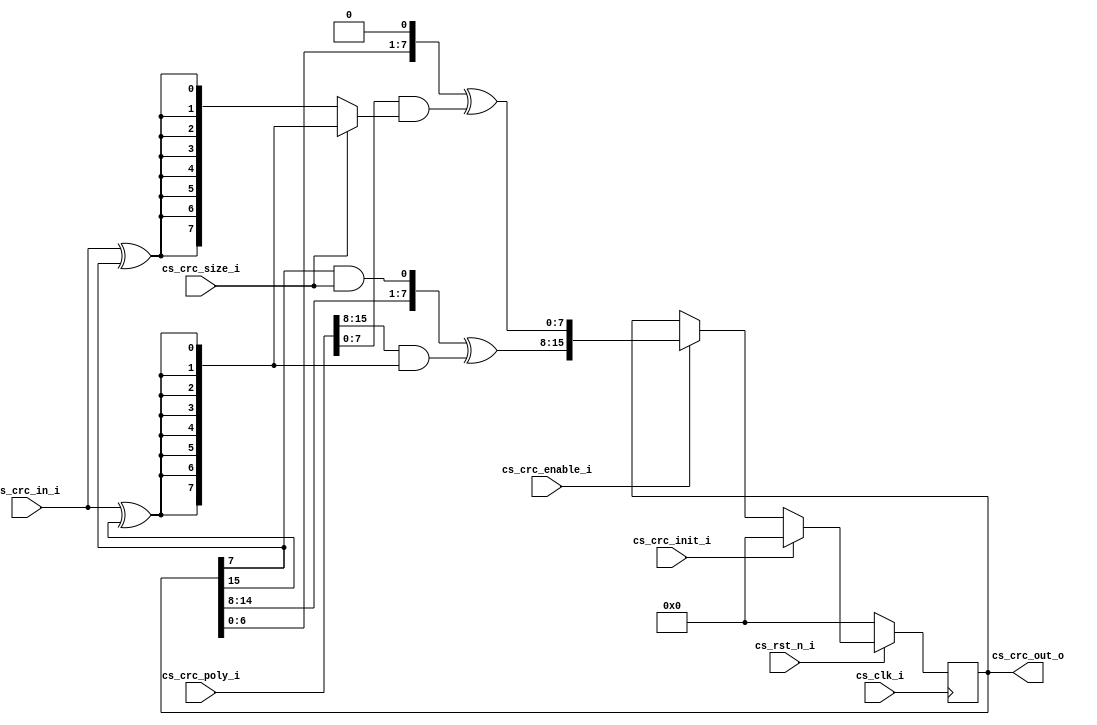
module spi_ip_crc_serial
#(
	parameter PARAM_CRC_INIT = 16'h0000   
)(
	//OUTPUTS
	output [15:0] cs_crc_out_o,   
	//INPUTS
	input cs_crc_in_i,
	input cs_crc_enable_i,
	input cs_crc_init_i,  
	input cs_crc_size_i,
	input [15:0] cs_crc_poly_i,    
	input cs_rst_n_i,                         
	input cs_clk_i                            
);

localparam CRC_8  = 1'b0;
localparam CRC_16 = 1'b1;

reg [15:0] crc_ff;

wire [15:0] crc_ff_in;
wire [7:0] feedback_crc16;
wire [7:0] feedback_crc8;
wire [7:0] feedback_high;
wire [7:0] feedback_low;

assign feedback_crc16 = {8{cs_crc_in_i ^ crc_ff[15]}};
assign feedback_crc8  = (cs_crc_size_i == CRC_8) ? {8{cs_crc_in_i ^ crc_ff[7]}} : feedback_crc16;

assign feedback_high = {crc_ff[14:8], crc_ff[7] & cs_crc_size_i} ^ (cs_crc_poly_i[15:8] & feedback_crc16);
assign feedback_low  = {crc_ff[6:0], 1'b0} ^ (cs_crc_poly_i[7:0] & feedback_crc8);
assign crc_ff_in = {feedback_high, feedback_low}; 

always @(posedge cs_clk_i)
  begin
    if(!cs_rst_n_i)
      crc_ff <= PARAM_CRC_INIT;
    else
      begin
        if(cs_crc_init_i)
          crc_ff <= PARAM_CRC_INIT;
        else
          if(cs_crc_enable_i)
            crc_ff <= crc_ff_in;
      end
        
  end
  
assign cs_crc_out_o = crc_ff;

endmodule